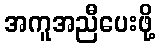
အကူအညီပေးဖို့